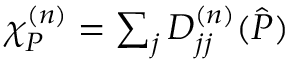
\begin{array} { r } { \chi _ { P } ^ { ( n ) } = \sum _ { j } D _ { j j } ^ { ( n ) } ( \ensuremath { \hat { P } } ) } \end{array}